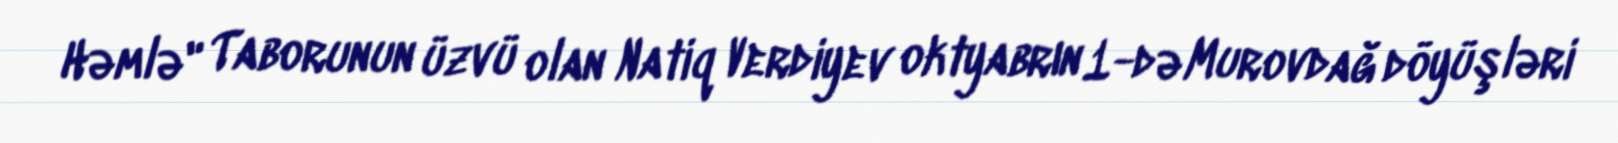
Həmlə" Taborunun üzvü olan Natiq Verdiyev oktyabrın 1-də Murovdağ döyüşləri